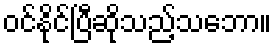
ဝင်နိုင်ပြီဆိုသည့်သဘော။